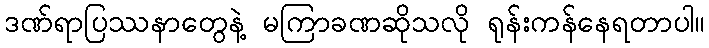
ဒဏ်ရာပြဿနာတွေနဲ့ မကြာခဏဆိုသလို ရုန်းကန်နေရတာပါ။